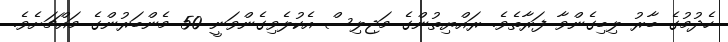
ހެދުމުގެ ބާރު ލިބިގެންވާ ފަރާތެވެ. ރައްޔިތުންގެ މަޖިލިސް އެކުލެވިގެންވަނީ 50 މެންބަރުންގެ މައްޗަށެވެ.